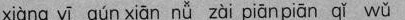
xiàng yī qún xiān nǚ zài piān piān qǐ wǔ